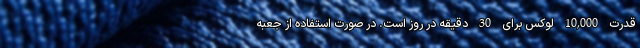
قدرت 10,000 لوکس برای 30 دقیقه در روز است. در صورت استفاده از جعبه